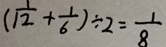
( \frac { 1 } { 1 2 } + \frac { 1 } { 6 } ) \div 2 = \frac { 1 } { 8 }